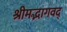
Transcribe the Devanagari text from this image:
श्रीमद्भागवद्